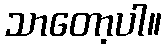
သာတော့ပါ။